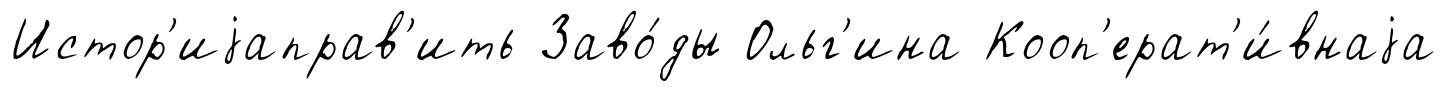
Истор'иjаправ'ить Заво́ды Ольг'ина Кооп'ерат'и́внаjа